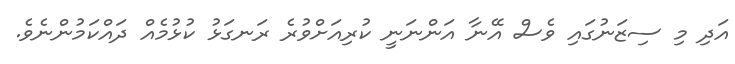
އަދި މި ސިޒަނުގައި ވެސް އޭނާ އަންނަނީ ކުރިއަށްވުރެ ރަނގަޅު ކުޅުމެއް ދައްކަމުންނެވެ.